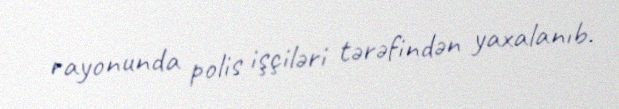
rayonunda polis işçiləri tərəfindən yaxalanıb.